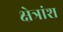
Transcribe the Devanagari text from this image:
क्षेत्रांश